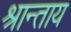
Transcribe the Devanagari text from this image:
श्रान्ताय